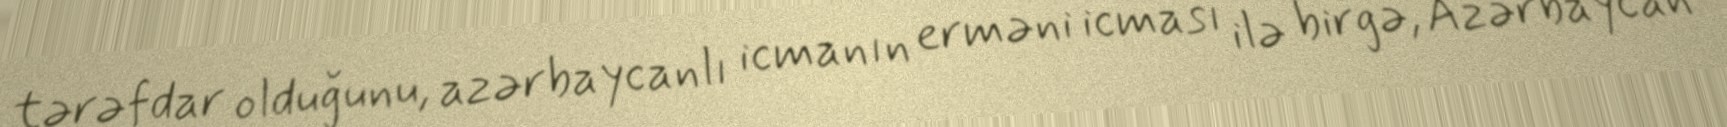
tərəfdar olduğunu, azərbaycanlı icmanın erməni icması ilə birgə, Azərbaycan